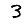
Digit: 3